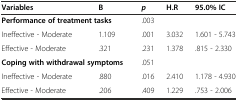
<table><thead><tr><td><b>Variables</b></td><td><b>B</b></td><td><b><i>p</i></b></td><td><b>H.R</b></td><td><b>95.0% IC</b></td></tr></thead><tbody><tr><td colspan="2"><b>Performance of treatment tasks</b></td><td>.003</td><td></td><td></td></tr><tr><td>Ineffective - Moderate</td><td>1.109</td><td>.001</td><td>3.032</td><td>1.601 - 5.743</td></tr><tr><td>Effective - Moderate</td><td>.321</td><td>.231</td><td>1.378</td><td>.815 - 2.330</td></tr><tr><td colspan="2"><b>Coping with withdrawal symptoms</b></td><td>.051</td><td></td><td></td></tr><tr><td>Ineffective - Moderate</td><td>.880</td><td>.016</td><td>2.410</td><td>1.178 - 4.930</td></tr><tr><td>Effective - Moderate</td><td>.206</td><td>.409</td><td>1.229</td><td>.753 - 2.006</td></tr></tbody></table>